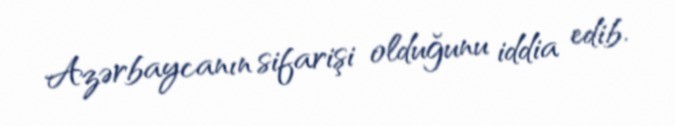
Azərbaycanın sifarişi olduğunu iddia edib.